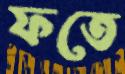
ফতে